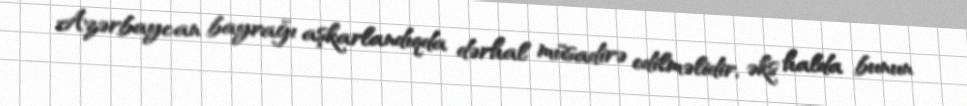
Azərbaycan bayrağı aşkarlandıqda dərhal müsadirə edilməlidir, əks halda bunun